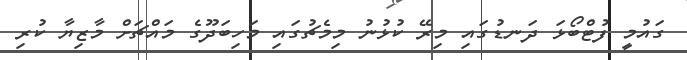
ގައުމީ ފުޓްބޯޅަ ދަނޑުގައި މިރޭ ކުޅުނު މިމެޗުގައި މަހިބަދޫގެ މައްޗަށް މާޒިޔާ ކުރި